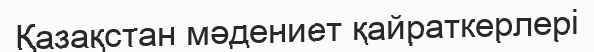
Қазақстан мәдениет қайраткерлері